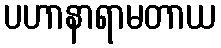
ပဟာနာရာမတာယ